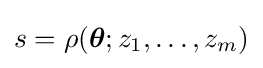
s=\rho ({\boldsymbol {\theta }};z_{1},\ldots ,z_{m})